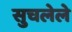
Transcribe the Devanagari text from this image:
सुचलेले